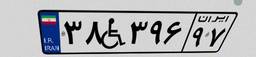
۲۸W۳۴۱۱۰